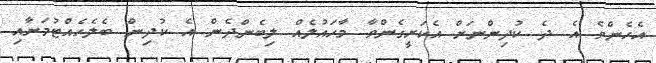
އެހެންވެ އެ ދެ ކުދިންނަށް އެކަށީގެންވާ މާހައުލެއް ލިބެންދެން އެ ކުދިން ބެލެހެއްޓުމަށާއި